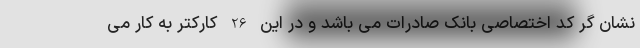
نشان گر کد اختصاصی بانک صادرات می باشد و در این 26 کارکتر به کار می